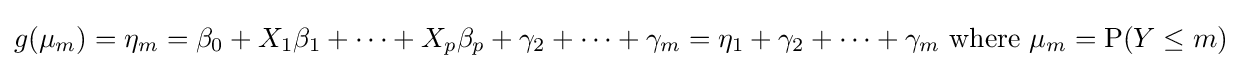
g(\mu _{m})=\eta _{m}=\beta _{0}+X_{1}\beta _{1}+\cdots +X_{p}\beta _{p}+\gamma _{2}+\cdots +\gamma _{m}=\eta _{1}+\gamma _{2}+\cdots +\gamma _{m}{\text{ where }}\mu _{m}=\operatorname {P} (Y\leq m)